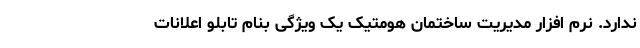
ندارد. نرم افزار مدیریت ساختمان هومتیک یک ویژگی بنام تابلو اعلانات